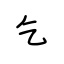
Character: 乞